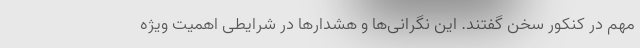
مهم در کنکور سخن گفتند. این نگرانی‌ها و هشدارها در شرایطی اهمیت ویژه